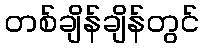
တစ်ချိန်ချိန်တွင်